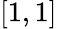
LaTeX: \left[1,1\right]